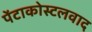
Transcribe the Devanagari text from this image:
पेंटाकोस्टलवाद